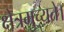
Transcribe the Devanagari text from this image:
क्षेत्रमुच्यते।